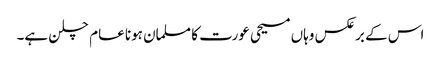
اس کے برعکس وہاں مسیحی عورت کا مسلمان ہونا عام چلن ہے۔